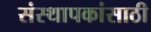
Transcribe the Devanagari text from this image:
संस्थापकांसाठी